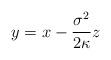
LaTeX: \begin{align*}y=x-\frac{\sigma^2}{2\kappa}z\end{align*}